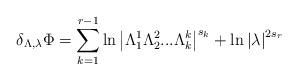
LaTeX: \begin{align*}\delta _{\Lambda ,\lambda }\Phi =\sum\limits_{k=1}^{r-1}\ln \left| \Lambda_1^1\Lambda _2^2...\Lambda _k^k\right| ^{s_k}+\ln \left| \lambda \right|^{2s_r}\end{align*}